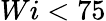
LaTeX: Wi<75